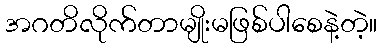
အဂတိလိုက်တာမျိုးမဖြစ်ပါစေနဲ့တဲ့။